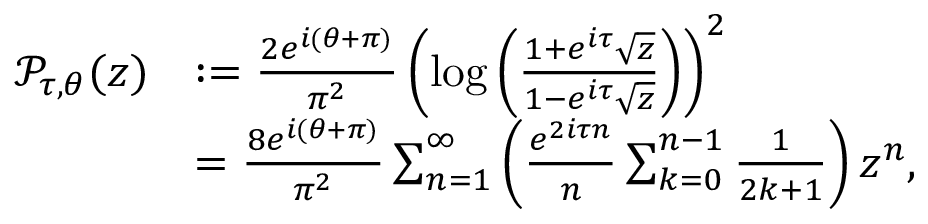
\begin{array} { r l } { { \mathcal { P } } _ { \tau , \theta } ( z ) } & { : = \frac { 2 e ^ { i ( \theta + \pi ) } } { \pi ^ { 2 } } \left( \log \left( \frac { 1 + e ^ { i \tau } \sqrt { z } } { 1 - e ^ { i \tau } \sqrt { z } } \right) \right) ^ { 2 } } \\ & { = \frac { 8 e ^ { i ( \theta + \pi ) } } { \pi ^ { 2 } } \sum _ { n = 1 } ^ { \infty } \left( \frac { e ^ { 2 i \tau n } } { n } \sum _ { k = 0 } ^ { n - 1 } \frac { 1 } { 2 k + 1 } \right) z ^ { n } , } \end{array}